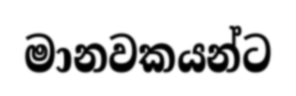
මානවකයන්ට